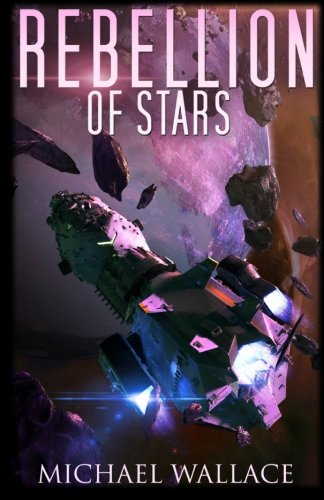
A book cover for Rebellion of Stars (Starship Blackbeard) (Volume 4); Michael Wallace; Science Fiction & Fantasy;